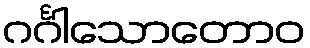
ဂင်္ဂါသောတောဝ